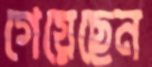
গেয়েছেন